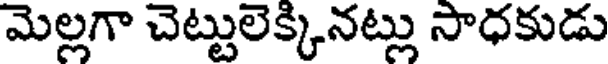
మెల్లగా చెట్టులెక్కినట్లు సాధకుడు